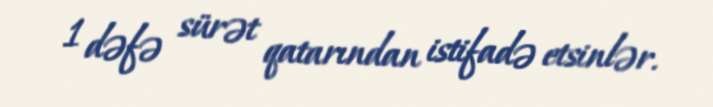
1 dəfə sürət qatarından istifadə etsinlər.